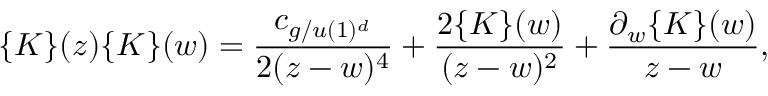
\{ K \} ( z ) \{ K \} ( w ) = { \frac { c _ { g / u ( 1 ) ^ { d } } } { 2 ( z - w ) ^ { 4 } } } + { \frac { 2 \{ K \} ( w ) } { ( z - w ) ^ { 2 } } } + { { \frac { \partial _ { w } \{ K \} ( w ) } { z - w } } } ,